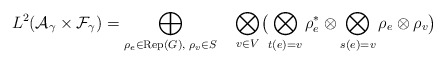
\begin{align*}L^2({\cal A}_\gamma \times {\cal F}_\gamma) =\bigoplus_{\rho_e\in {\rm Rep}(G),\; \rho_v\in S} \quad\bigotimes_{v\in V}\bigl ( \bigotimes_{t(e)=v} \rho_e^* \otimes \bigotimes_{s(e)=v} \rho_e \otimes \rho_v \bigr )\end{align*}